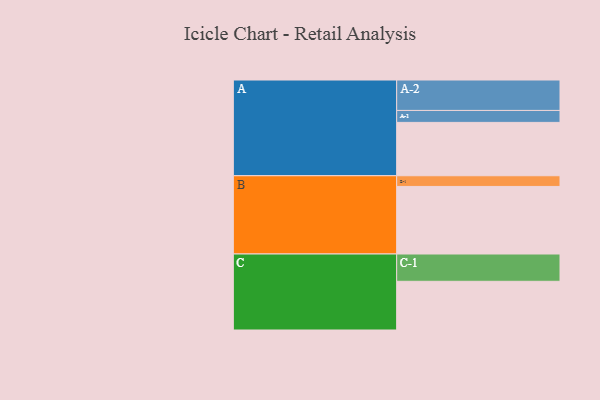
{"axis": {"x": "Segment", "y": "Value"}, "legend": ["", "A", "B", "C"], "data": [{"x": "A", "y": 424, "type": ""}, {"x": "B", "y": 537, "type": ""}, {"x": "C", "y": 387, "type": ""}, {"x": "A-1", "y": 95, "type": "A"}, {"x": "A-2", "y": 242, "type": "A"}, {"x": "B-1", "y": 85, "type": "B"}, {"x": "C-1", "y": 217, "type": "C"}]}